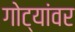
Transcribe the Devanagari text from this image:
गोट्यांवर